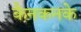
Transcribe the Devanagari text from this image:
कैनकनके